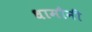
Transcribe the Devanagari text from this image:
धामौनी